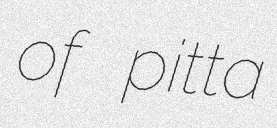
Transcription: of pitta